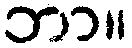
ဘာ။